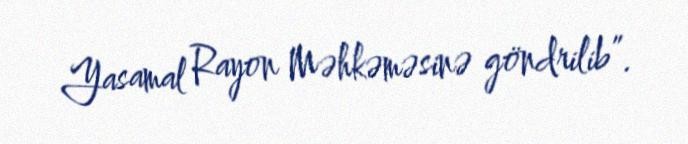
Yasamal Rayon Məhkəməsinə göndrilib”.